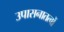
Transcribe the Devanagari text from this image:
उपासनातत्वों